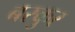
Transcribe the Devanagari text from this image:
बरकुर